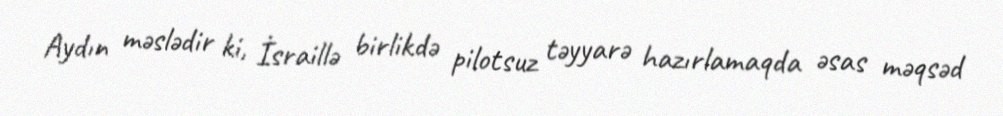
Aydın məslədir ki, İsraillə birlikdə pilotsuz təyyarə hazırlamaqda əsas məqsəd